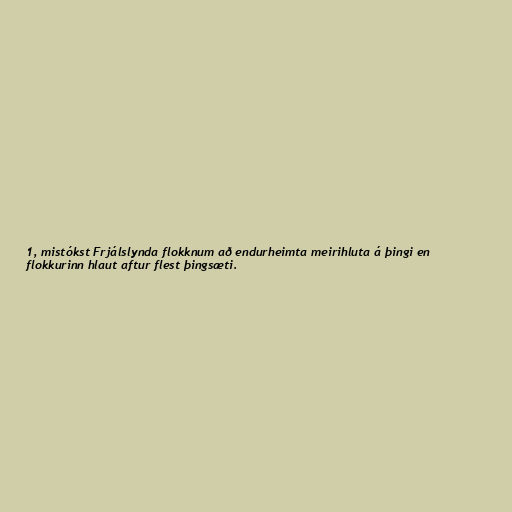
1, mistókst Frjálslynda flokknum að endurheimta meirihluta á þingi en
flokkurinn hlaut aftur flest þingsæti.